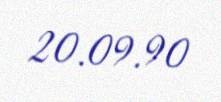
20.09.90